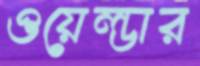
ওয়েল্ডার